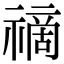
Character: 𥛚